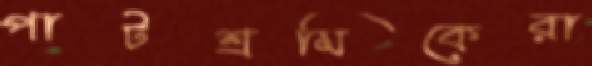
পাটশ্রমিকেরা